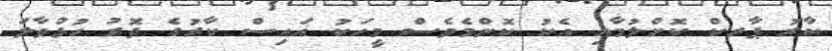
ކާރު ޕާރކް ކޮށްލުމާއި އެކު ކޮންމެވެސް މީހަކު އައިސް ކާރުގެ ދޮރު ހުޅުވާލަ